Vaccination in Bombay 1924-1928 - 1924-1928
Year: 1924
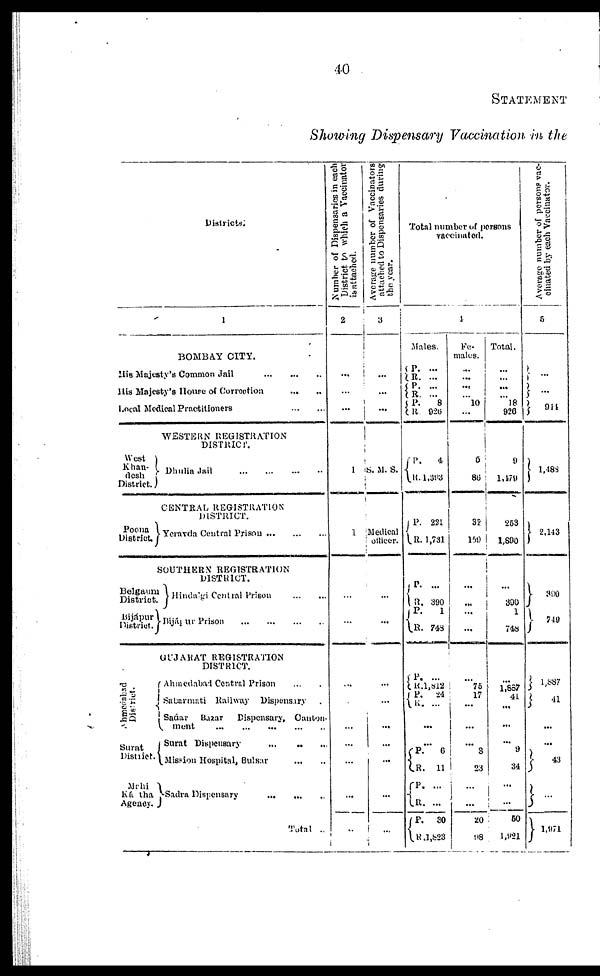
40
STATEMENT
Showing Dispensary Vaccination in the
Districts.
1
BOMBAY CITY.
His Majesty's Common Jail
...
...
...
His Majesty's House of Correction
...
...
Local Medical Practitioners
West
Khan-
desh
District.
WESTERN REGISTRATION
DISTRICT.
Dhulia Jail
...
...
...
...
CENTRAL REGISTRATION
DISTRICT.
Poona
District.
Belgaum
District.
Bijápur
District.
Ahmedabad
District.
Surat
District.
Mahi
Kántha
Agency. .
Yeravda Central Prison
...
...
...
SOUTHERN REGISTRATION
DISTRICT.
Hindalgi Central Prison
...
...
Bijápur Prison
...
...
...
...
GUJARAT REGISTRATION
DISTRICT.
Ahmedabad Central Prison ...
Subarmati Railway
Dispensary
Sadar
Bazar
Dispensary, Canton¬
ment
...
...
...
...
...
Surat Dispensary
...
...
...
Mission Hospital, Bulsar
...
...
Sadra Dispensary
...
...
...
Total ...
Number of Dispensaries in each
District, to which a Vaccinator
is attached.
2
...
...
...
1
1
...
...
...
...
...
...
...
...
...
Average number of Vaccinators
attached to Dispensaries during
the year.
3
...
...
...
S. M. S.
Medical
officer.
...
...
...
...
...
...
...
...
...
Total number of persons
vaccinated.
4
Males.
P.
R.
P.
R.
P.
R.
P.
R.
P.
R.
P.
R.
P.
R.
P.
R.
P.
R.
R.
...
...
...
...
8
926
4
1,393
221
1,731
...
390
1
748
...
l,812
24
...
...
...
P.
R.
P.
R.
P.
R.
6
11
...
...
30
1,823
Fe-
males.
...
...
...
...
10
...
5
86
32
159
...
...
...
...
...
75
17
...
...
...
3
23
...
...
20
98
Total.
...
...
...
... 18
926
9
1,479
253
1,890
...
390
1
748
...
1,887
41
...
...
...
9
34
...
...
60
1,921
Average number of persons vac-
cinated by each Vaccinator.
5
...
...
914
1,488
2,143
390
749
1,887
41
...
...
43
...
1,971